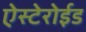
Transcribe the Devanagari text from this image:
ऐस्टेरोईड